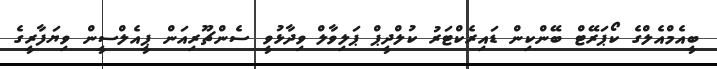
ބީއެމްއެލްގެ ކޯޕަރޭޓް ބޭންކިން ޑައިރެކްޓަރު ކުލްދީޕް ޕަލިވާލް ވިދާޅުވީ ސެންޗޫރިއަން ޕީއެލްސީން ވިޔަފާރީގެ